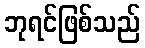
ဘုရင်ဖြစ်သည်